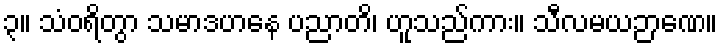
၃။ သံဝရိတွာ သမာဒဟနေ ပညာတိ၊ ဟူသည်ကား။ သီလမယဉာဏေ။